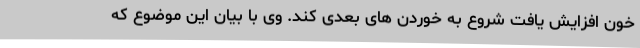
خون افزایش یافت شروع به خوردن های بعدی کند. وی با بیان این موضوع که